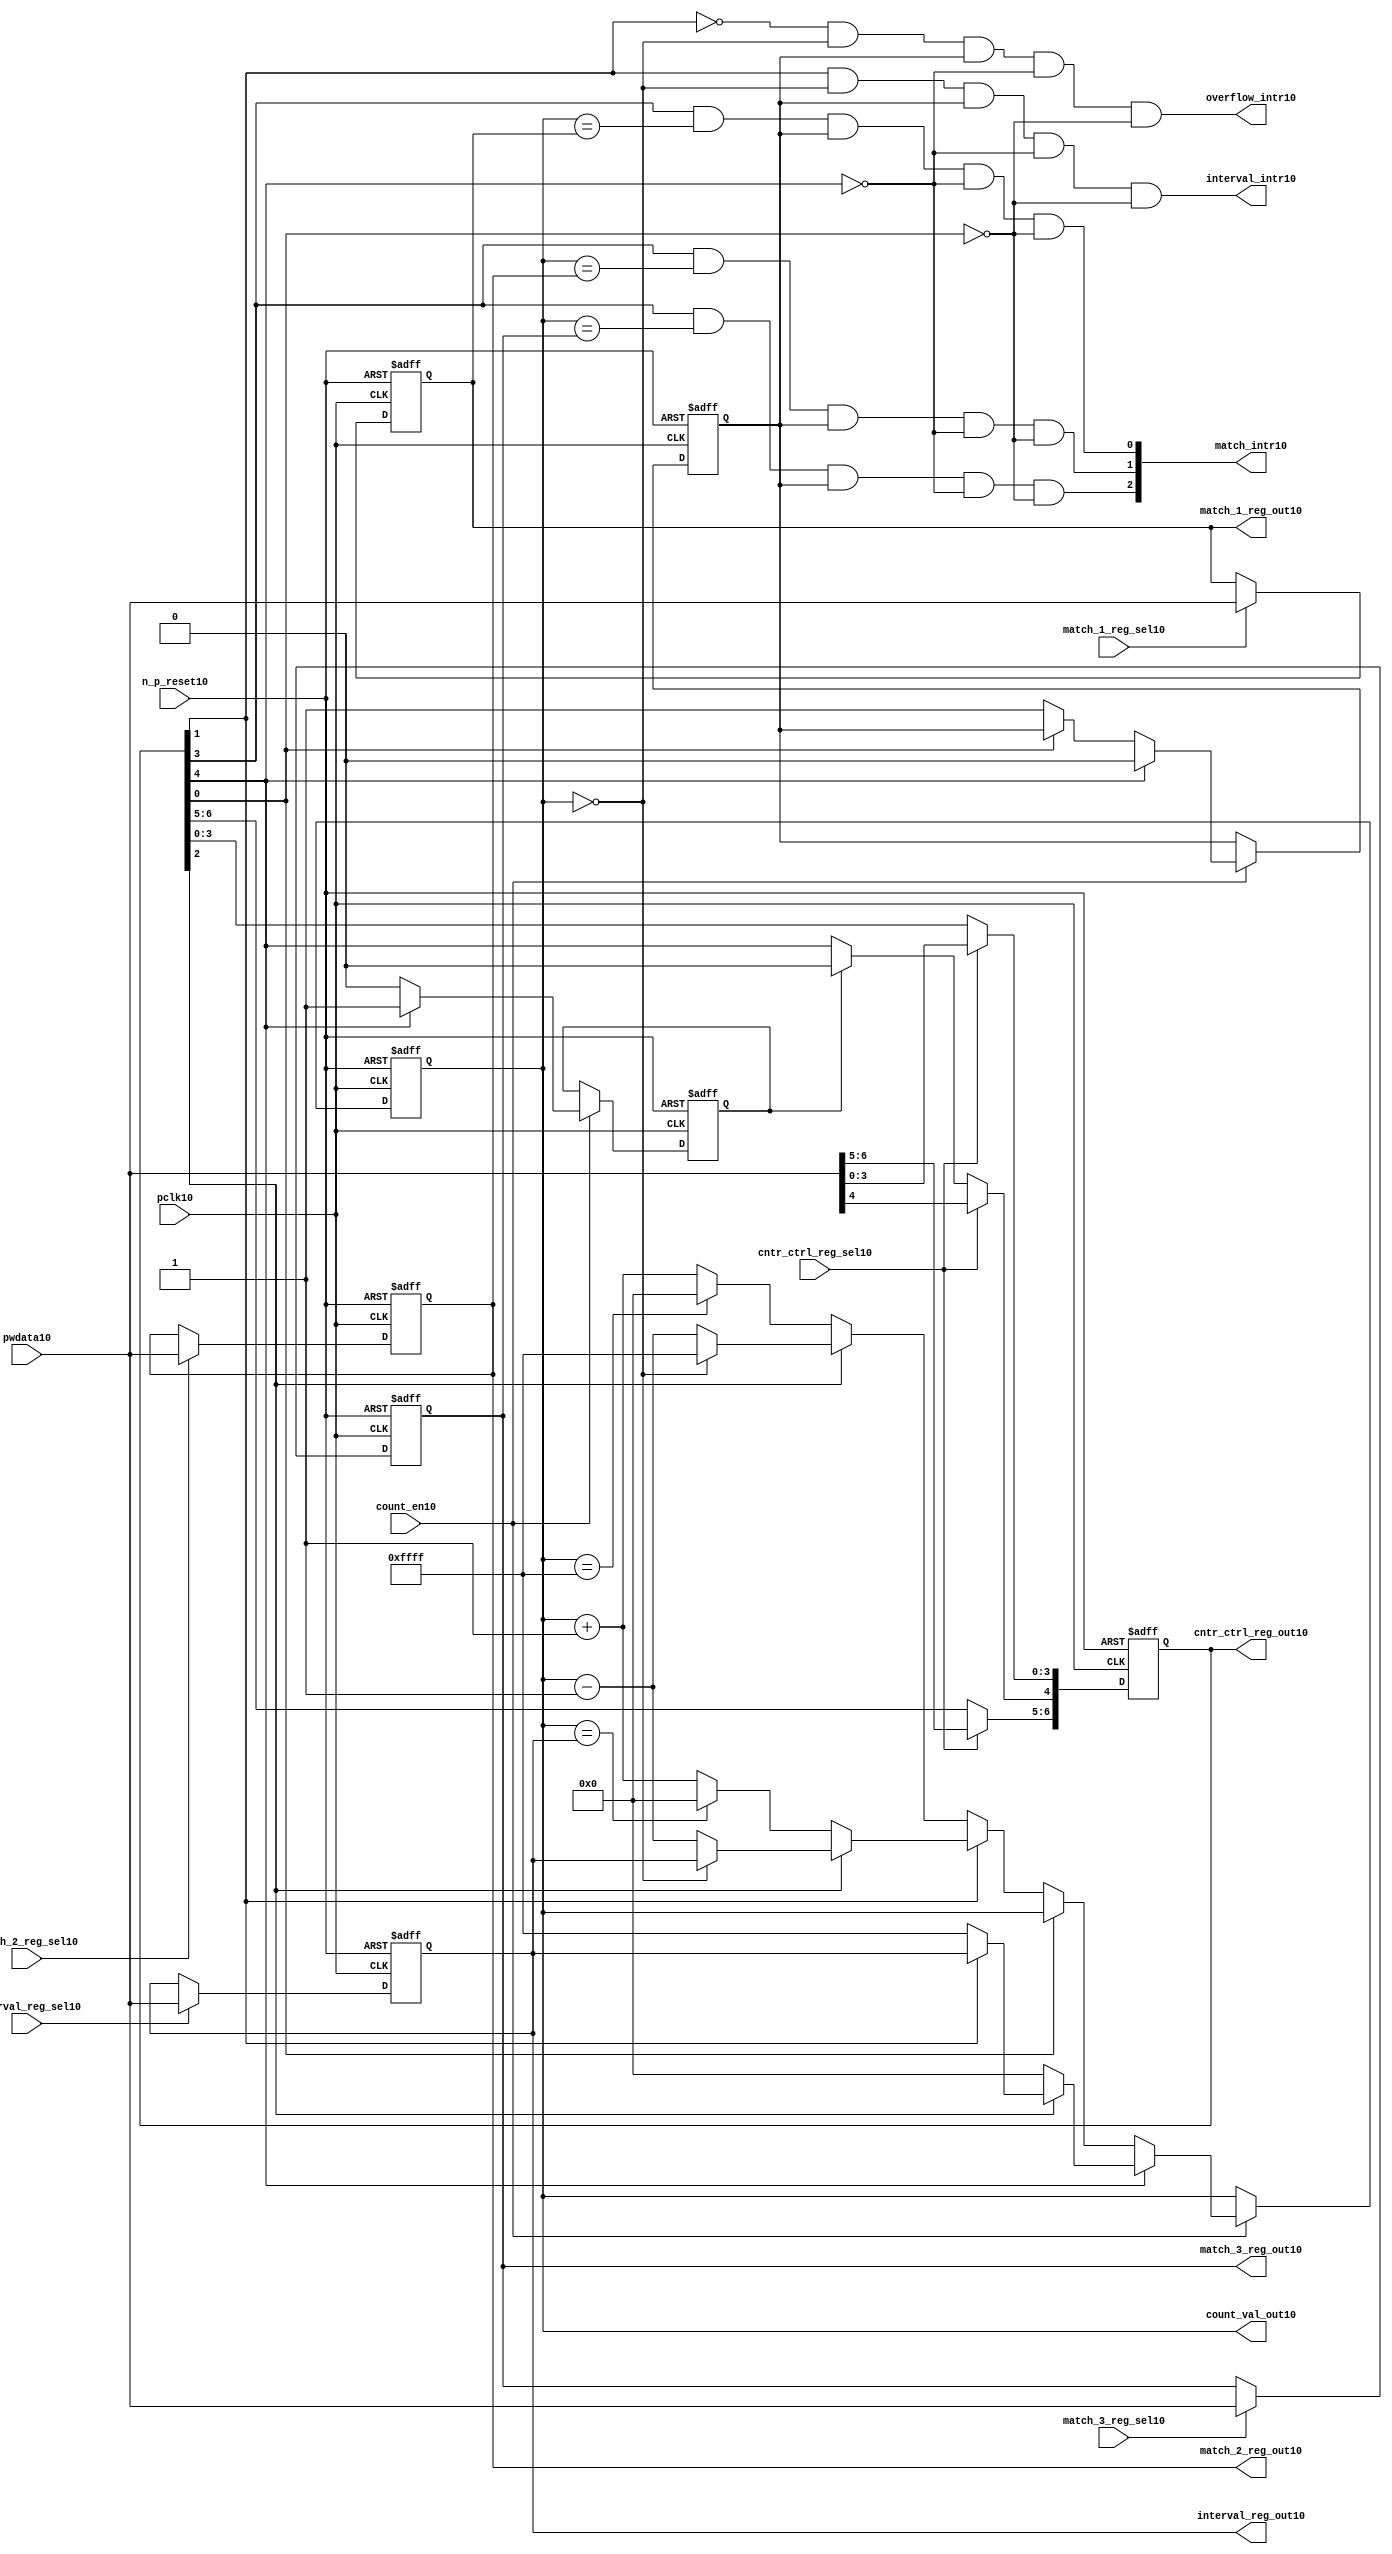
//File10 name   : ttc_counter_lite10.v
//Title10       : 
//Created10     : 1999
//Description10 :The counter can increment and decrement.
//   In increment mode instead of counting10 to its full 16 bit
//   value the counter counts10 up to or down from a programmed10 interval10 value.
//   Interrupts10 are issued10 when the counter overflows10 or reaches10 it's interval10
//   value. In match mode if the count value equals10 that stored10 in one of three10
//   match registers an interrupt10 is issued10.
//Notes10       : 
//----------------------------------------------------------------------
//   Copyright10 1999-2010 Cadence10 Design10 Systems10, Inc10.
//   All Rights10 Reserved10 Worldwide10
//
//   Licensed10 under the Apache10 License10, Version10 2.0 (the
//   "License10"); you may not use this file except10 in
//   compliance10 with the License10.  You may obtain10 a copy of
//   the License10 at
//
//       http10://www10.apache10.org10/licenses10/LICENSE10-2.0
//
//   Unless10 required10 by applicable10 law10 or agreed10 to in
//   writing, software10 distributed10 under the License10 is
//   distributed10 on an "AS10 IS10" BASIS10, WITHOUT10 WARRANTIES10 OR10
//   CONDITIONS10 OF10 ANY10 KIND10, either10 express10 or implied10.  See
//   the License10 for the specific10 language10 governing10
//   permissions10 and limitations10 under the License10.
//----------------------------------------------------------------------
//


module ttc_counter_lite10(

  //inputs10
  n_p_reset10,    
  pclk10,          
  pwdata10,              
  count_en10,
  cntr_ctrl_reg_sel10, 
  interval_reg_sel10,
  match_1_reg_sel10,
  match_2_reg_sel10,
  match_3_reg_sel10,         

  //outputs10    
  count_val_out10,
  cntr_ctrl_reg_out10,
  interval_reg_out10,
  match_1_reg_out10,
  match_2_reg_out10,
  match_3_reg_out10,
  interval_intr10,
  match_intr10,
  overflow_intr10

);


//--------------------------------------------------------------------
// PORT DECLARATIONS10
//--------------------------------------------------------------------

   //inputs10
   input          n_p_reset10;         //reset signal10
   input          pclk10;              //System10 Clock10
   input [15:0]   pwdata10;            //6 Bit10 data signal10
   input          count_en10;          //Count10 enable signal10
   input          cntr_ctrl_reg_sel10; //Select10 bit for ctrl_reg10
   input          interval_reg_sel10;  //Interval10 Select10 Register
   input          match_1_reg_sel10;   //Match10 1 Select10 register
   input          match_2_reg_sel10;   //Match10 2 Select10 register
   input          match_3_reg_sel10;   //Match10 3 Select10 register

   //outputs10
   output [15:0]  count_val_out10;        //Value for counter reg
   output [6:0]   cntr_ctrl_reg_out10;    //Counter10 control10 reg select10
   output [15:0]  interval_reg_out10;     //Interval10 reg
   output [15:0]  match_1_reg_out10;      //Match10 1 register
   output [15:0]  match_2_reg_out10;      //Match10 2 register
   output [15:0]  match_3_reg_out10;      //Match10 3 register
   output         interval_intr10;        //Interval10 interrupt10
   output [3:1]   match_intr10;           //Match10 interrupt10
   output         overflow_intr10;        //Overflow10 interrupt10

//--------------------------------------------------------------------
// Internal Signals10 & Registers10
//--------------------------------------------------------------------

   reg [6:0]      cntr_ctrl_reg10;     // 5-bit Counter10 Control10 Register
   reg [15:0]     interval_reg10;      //16-bit Interval10 Register 
   reg [15:0]     match_1_reg10;       //16-bit Match_110 Register
   reg [15:0]     match_2_reg10;       //16-bit Match_210 Register
   reg [15:0]     match_3_reg10;       //16-bit Match_310 Register
   reg [15:0]     count_val10;         //16-bit counter value register
                                                                      
   
   reg            counting10;          //counter has starting counting10
   reg            restart_temp10;   //ensures10 soft10 reset lasts10 1 cycle    
   
   wire [6:0]     cntr_ctrl_reg_out10; //7-bit Counter10 Control10 Register
   wire [15:0]    interval_reg_out10;  //16-bit Interval10 Register 
   wire [15:0]    match_1_reg_out10;   //16-bit Match_110 Register
   wire [15:0]    match_2_reg_out10;   //16-bit Match_210 Register
   wire [15:0]    match_3_reg_out10;   //16-bit Match_310 Register
   wire [15:0]    count_val_out10;     //16-bit counter value register

//-------------------------------------------------------------------
// Assign10 output wires10
//-------------------------------------------------------------------

   assign cntr_ctrl_reg_out10 = cntr_ctrl_reg10;    // 7-bit Counter10 Control10
   assign interval_reg_out10  = interval_reg10;     // 16-bit Interval10
   assign match_1_reg_out10   = match_1_reg10;      // 16-bit Match_110
   assign match_2_reg_out10   = match_2_reg10;      // 16-bit Match_210 
   assign match_3_reg_out10   = match_3_reg10;      // 16-bit Match_310 
   assign count_val_out10     = count_val10;        // 16-bit counter value
   
//--------------------------------------------------------------------
// Assigning10 interrupts10
//--------------------------------------------------------------------

   assign interval_intr10 =  cntr_ctrl_reg10[1] & (count_val10 == 16'h0000)
      & (counting10) & ~cntr_ctrl_reg10[4] & ~cntr_ctrl_reg10[0];
   assign overflow_intr10 = ~cntr_ctrl_reg10[1] & (count_val10 == 16'h0000)
      & (counting10) & ~cntr_ctrl_reg10[4] & ~cntr_ctrl_reg10[0];
   assign match_intr10[1]  =  cntr_ctrl_reg10[3] & (count_val10 == match_1_reg10)
      & (counting10) & ~cntr_ctrl_reg10[4] & ~cntr_ctrl_reg10[0];
   assign match_intr10[2]  =  cntr_ctrl_reg10[3] & (count_val10 == match_2_reg10)
      & (counting10) & ~cntr_ctrl_reg10[4] & ~cntr_ctrl_reg10[0];
   assign match_intr10[3]  =  cntr_ctrl_reg10[3] & (count_val10 == match_3_reg10)
      & (counting10) & ~cntr_ctrl_reg10[4] & ~cntr_ctrl_reg10[0];


//    p_reg_ctrl10: Process10 to write to the counter control10 registers
//    cntr_ctrl_reg10 decode:  0 - Counter10 Enable10 Active10 Low10
//                           1 - Interval10 Mode10 =1, Overflow10 =0
//                           2 - Decrement10 Mode10
//                           3 - Match10 Mode10
//                           4 - Restart10
//                           5 - Waveform10 enable active low10
//                           6 - Waveform10 polarity10
   
   always @ (posedge pclk10 or negedge n_p_reset10)
   begin: p_reg_ctrl10  // Register writes
      
      if (!n_p_reset10)                                   
      begin                                     
         cntr_ctrl_reg10 <= 7'b0000001;
         interval_reg10  <= 16'h0000;
         match_1_reg10   <= 16'h0000;
         match_2_reg10   <= 16'h0000;
         match_3_reg10   <= 16'h0000;  
      end    
      else 
      begin
         if (cntr_ctrl_reg_sel10)
            cntr_ctrl_reg10 <= pwdata10[6:0];
         else if (restart_temp10)
            cntr_ctrl_reg10[4]  <= 1'b0;    
         else 
            cntr_ctrl_reg10 <= cntr_ctrl_reg10;             

         interval_reg10  <= (interval_reg_sel10) ? pwdata10 : interval_reg10;
         match_1_reg10   <= (match_1_reg_sel10)  ? pwdata10 : match_1_reg10;
         match_2_reg10   <= (match_2_reg_sel10)  ? pwdata10 : match_2_reg10;
         match_3_reg10   <= (match_3_reg_sel10)  ? pwdata10 : match_3_reg10;   
      end
      
   end  //p_reg_ctrl10

   
//    p_cntr10: Process10 to increment or decrement the counter on receiving10 a 
//            count_en10 signal10 from the pre_scaler10. Count10 can be restarted10
//            or disabled and can overflow10 at a specified interval10 value.
   
   
   always @ (posedge pclk10 or negedge n_p_reset10)
   begin: p_cntr10   // Counter10 block

      if (!n_p_reset10)     //System10 Reset10
      begin                     
         count_val10 <= 16'h0000;
         counting10  <= 1'b0;
         restart_temp10 <= 1'b0;
      end
      else if (count_en10)
      begin
         
         if (cntr_ctrl_reg10[4])     //Restart10
         begin     
            if (~cntr_ctrl_reg10[2])  
               count_val10         <= 16'h0000;
            else
            begin
              if (cntr_ctrl_reg10[1])
                 count_val10         <= interval_reg10;     
              else
                 count_val10         <= 16'hFFFF;     
            end
            counting10       <= 1'b0;
            restart_temp10   <= 1'b1;

         end
         else 
         begin
            if (!cntr_ctrl_reg10[0])          //Low10 Active10 Counter10 Enable10
            begin

               if (cntr_ctrl_reg10[1])  //Interval10               
                  if (cntr_ctrl_reg10[2])  //Decrement10        
                  begin
                     if (count_val10 == 16'h0000)
                        count_val10 <= interval_reg10;  //Assumed10 Static10
                     else
                        count_val10 <= count_val10 - 16'h0001;
                  end
                  else                   //Increment10
                  begin
                     if (count_val10 == interval_reg10)
                        count_val10 <= 16'h0000;
                     else           
                        count_val10 <= count_val10 + 16'h0001;
                  end
               else    
               begin  //Overflow10
                  if (cntr_ctrl_reg10[2])   //Decrement10
                  begin
                     if (count_val10 == 16'h0000)
                        count_val10 <= 16'hFFFF;
                     else           
                        count_val10 <= count_val10 - 16'h0001;
                  end
                  else                    //Increment10
                  begin
                     if (count_val10 == 16'hFFFF)
                        count_val10 <= 16'h0000;
                     else           
                        count_val10 <= count_val10 + 16'h0001;
                  end 
               end
               counting10  <= 1'b1;
            end     
            else
               count_val10 <= count_val10;   //Disabled10
   
            restart_temp10 <= 1'b0;
      
         end
     
      end // if (count_en10)

      else
      begin
         count_val10    <= count_val10;
         counting10     <= counting10;
         restart_temp10 <= restart_temp10;               
      end
     
   end  //p_cntr10

endmodule